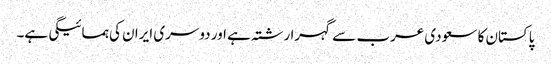
پاکستان کا سعودی عرب سے گہرا رشتہ ہے اور دوسری ایران کی ہمسائیگی ہے۔